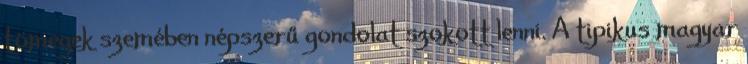
tömegek szemében népszerű gondolat szokott lenni. A tipikus magyar